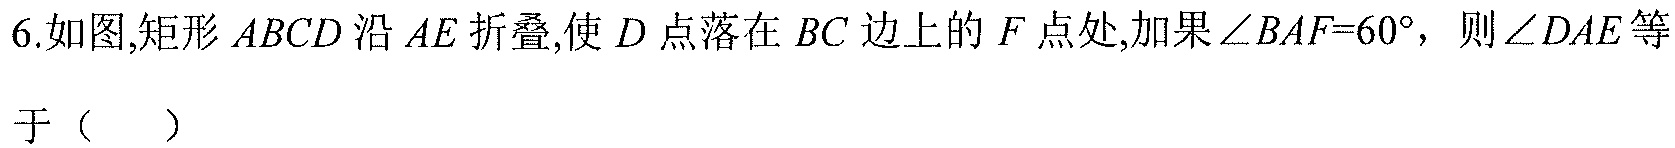
6.如图,矩形\(ABCD\)沿\(AE\)折叠,使\(D\)点落在\(BC\)边上的\(F\)点处,如果\(\angle BAF = 60^{\circ}\)，则\(\angle DAE\)等于（  ）